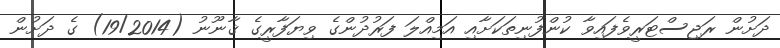
ދަށުން ރަޖިސްޓަރީވެފައިވާ ކުންފުނިތަކަށާއި އަމިއްލަ ފަރުދުންގެ ވިޔަފާރީގެ ޤާނޫނު (19/2014) ގެ ދަށުން